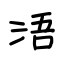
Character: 浯